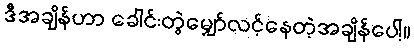
ဒီအချိန်ဟာ ခေါင်းတွဲမျှော်လင့်နေတဲ့အချိန်ပေါ့။